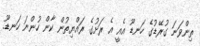
ތިންވަނަ ގުރޭޑުގެ ހަނޑޫ އެއީ އެ ރަށުގެ ރައްޔިތުން ކާން ހުންނަ ހަނޑޫ.